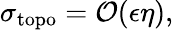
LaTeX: \sigma_{\mathrm{topo}}=\mathcal{O}(\epsilon\eta),